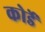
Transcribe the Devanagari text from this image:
कोर्डे